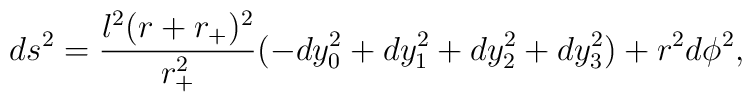
ds^2=\frac{l^2(r+r_+)^2}{r_+^2}(-dy_0^2+dy_1^2+dy_2^2+dy_3^2) +r^2 d\phi^2,